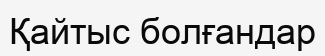
Қайтыс болғандар